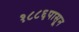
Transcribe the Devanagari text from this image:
१८८६पासून